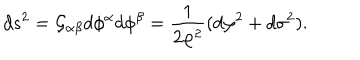
LaTeX: d s ^ { 2 } = { \cal G } _ { \alpha \beta } d \phi ^ { \alpha } d \phi ^ { \beta } = \frac { 1 } { 2 \varphi ^ { 2 } } ( d \varphi ^ { 2 } + d \sigma ^ { 2 } ) .